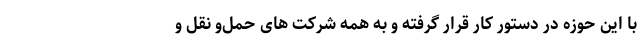
با این حوزه در دستور کار قرار گرفته و به همه شرکت های حمل‌و نقل و